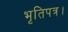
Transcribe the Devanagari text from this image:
भृतिपत्र।